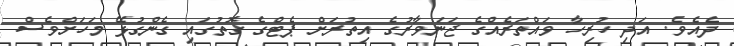
ދެއެވެ. އަދި ހުރިހާ ވައްތަރެއްގެ ޖަނަވާރުގެ އިތުރަށް ޕެޓްގެ ގޮތުގައި ގެންގުޅޭ މަހަށްވެސް